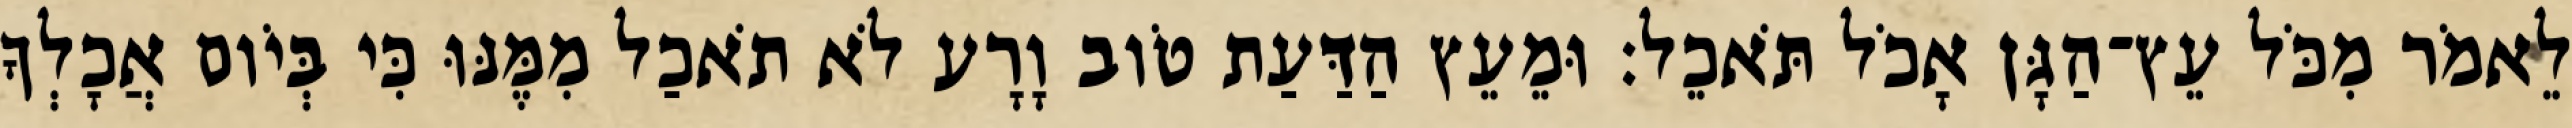
לֵאמֹר מִכֹּל עֵץ־הַגָּן אָכֹל תֹּאכֵל׃ וּמֵעֵץ הַדַּעַת טֹוב וָרָע לֹא תֹאכַל מִמֶּנּוּ כִּי בְּיֹום אֲכָלְךָ